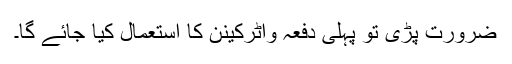
ضرورت پڑی تو پہلی دفعہ واٹرکینن کا استعمال کیا جائے گا۔